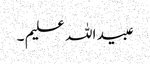
عبید اللہ علیم ۔